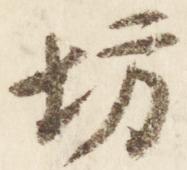
坊